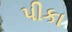
પીકા